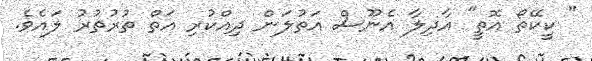
" ކީކޭތޯ އޮތީ" އާދިލާ އެނޫސް އަތުލަން ދިއްކުރި އަތް ތުރުތުރު ލައެވެ.